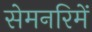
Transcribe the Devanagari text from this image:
सेमनरिमें